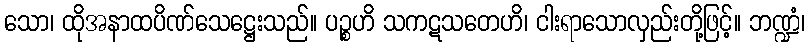
သော၊ ထိုအနာထပိဏ်သေဋ္ဌေးသည်။ ပဉ္စဟိ သကဋသတေဟိ၊ ငါးရာသောလှည်းတို့ဖြင့်။ ဘဏ္ဍံ၊